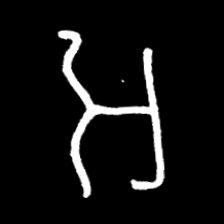
Pyu character \u2014 Myanmar letter: အ (romanized: a)